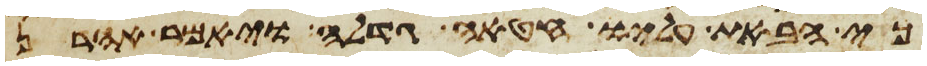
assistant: כי הבאת עליו חטאה גדלה ויאמר אהרן